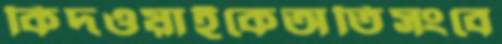
কিদওয়াইকেঅতিসংবে